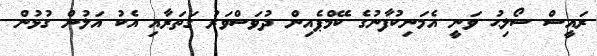
ރައީސް ސޯލިޙު ވަނީ އެމަނިކުފާނުގެ ކޭމްޕެއިން ދުވަސްވަރު ގަތަރާއި އެކު އަލުން ގުޅުން